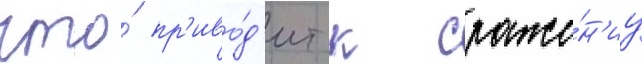
что́ пр'иво́д'ит к сраже́н'иу